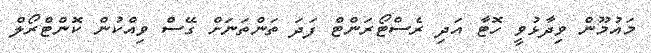
މައުމޫން ވިދާޅުވީ ހޮޓާ އަދި ރެސްޓޯރަންޓް ފަދަ ތަންތަނަށް ގޭސް ވިއްކުން ކޮންޓްރޯލް